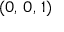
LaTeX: ( 0 , \, 0 , \, 1 )